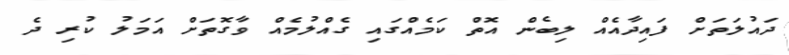
ދައުލަތަށް ފައިދާއެއް ލިބެން އޮތް ކަމެއްގައި ގެއްލުމެއް ވާގޮތަށް އަމަލު ކުރި ދެ